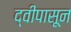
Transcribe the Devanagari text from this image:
द्वीपासून